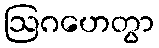
ဩဂဟေတွာ